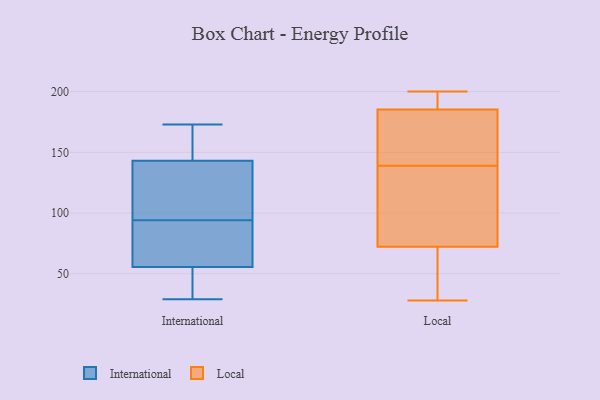
{"axis": {"x": "LTV (USD)", "y": "Value"}, "legend": ["International", "Local"], "data": [{"x": "", "y": 37, "type": "International"}, {"x": "", "y": 89, "type": "International"}, {"x": "", "y": 47, "type": "International"}, {"x": "", "y": 29, "type": "International"}, {"x": "", "y": 173, "type": "International"}, {"x": "", "y": 131, "type": "International"}, {"x": "", "y": 147, "type": "International"}, {"x": "", "y": 162, "type": "International"}, {"x": "", "y": 94, "type": "International"}, {"x": "", "y": 107, "type": "International"}, {"x": "", "y": 81, "type": "International"}, {"x": "", "y": 82, "type": "Local"}, {"x": "", "y": 183, "type": "Local"}, {"x": "", "y": 187, "type": "Local"}, {"x": "", "y": 172, "type": "Local"}, {"x": "", "y": 131, "type": "Local"}, {"x": "", "y": 139, "type": "Local"}, {"x": "", "y": 200, "type": "Local"}, {"x": "", "y": 71, "type": "Local"}, {"x": "", "y": 136, "type": "Local"}, {"x": "", "y": 192, "type": "Local"}, {"x": "", "y": 28, "type": "Local"}, {"x": "", "y": 72, "type": "Local"}, {"x": "", "y": 55, "type": "Local"}, {"x": "", "y": 194, "type": "Local"}, {"x": "", "y": 42, "type": "Local"}, {"x": "", "y": 73, "type": "Local"}, {"x": "", "y": 174, "type": "Local"}, {"x": "", "y": 186, "type": "Local"}, {"x": "", "y": 163, "type": "Local"}]}